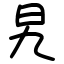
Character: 旯